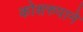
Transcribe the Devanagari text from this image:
कोशरुपाने